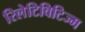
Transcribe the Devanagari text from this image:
रिलेटिविटिज्म